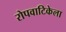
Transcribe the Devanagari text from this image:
रोपवाटिकेला